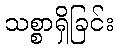
သစ္စာရှိခြင်း